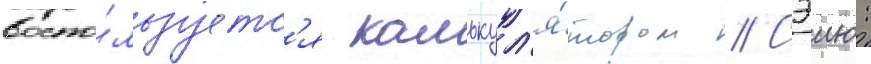
воспо́льзуетс'я калькул'я́тором // Сэию: